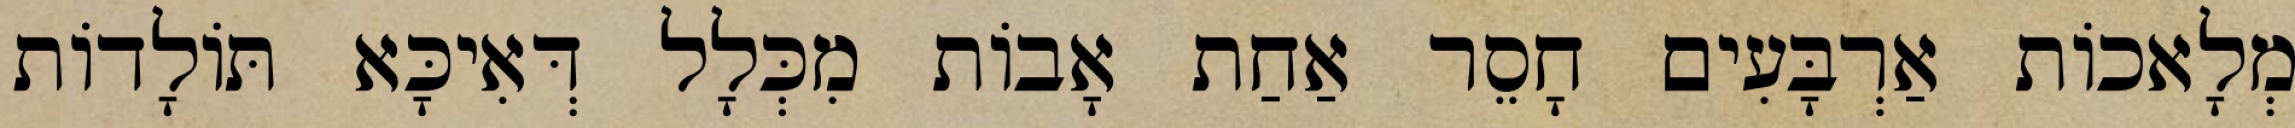
מְלָאכוֹת אַרְבָּעִים חָסֵר אַחַת אָבוֹת מִכְּלָל דְּאִיכָּא תּוֹלָדוֹת